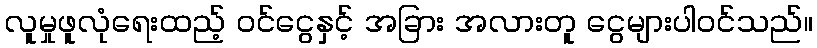
လူမှုဖူလုံရေးထည့် ဝင်ငွေနှင့် အခြား အလားတူ ငွေများပါဝင်သည်။